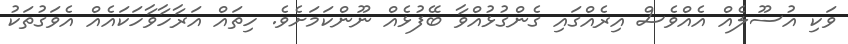
ވަކި އުސޫލެއް އެއްވެސް އިރެއްގައި ގެންގުޅުއްވާ ބޭފުޅެއް ނޫންކަމަށެވެ. ހިތައް އަރާހާވާހަކައެއް އެވަގުތަކު